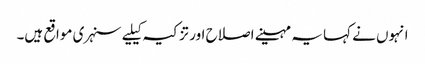
انہوں نے کہا یہ مہینے اصلاح اور تزکیہ کیلیے سنہری مواقع ہیں۔